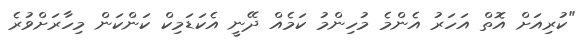
"ކުރިއަށް އޮތް އަހަރު އެންމެ މުހިންމު ކަމެއް ދޭނީ އެކަޑަމިކް ކަންކަން މިހާރަށްވުރެ